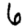
Digit: 6